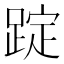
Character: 𨂌